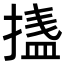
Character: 𭡴